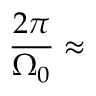
\frac { 2 \pi } { \Omega _ { 0 } } \approx